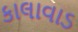
કાલાવાડ